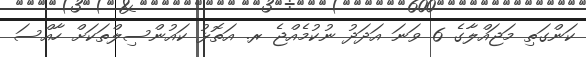
ކަންގަތި މަޖައްލާގެ 6 ވަނަ އަދަދު ނުކުމެއްޖެ ރ. އަތޮޅު ކައުންސިލްތަކަށް ހާއްސަ